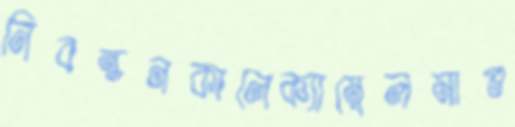
নিবন্ধনকালেক্যাম্বেলমাগু